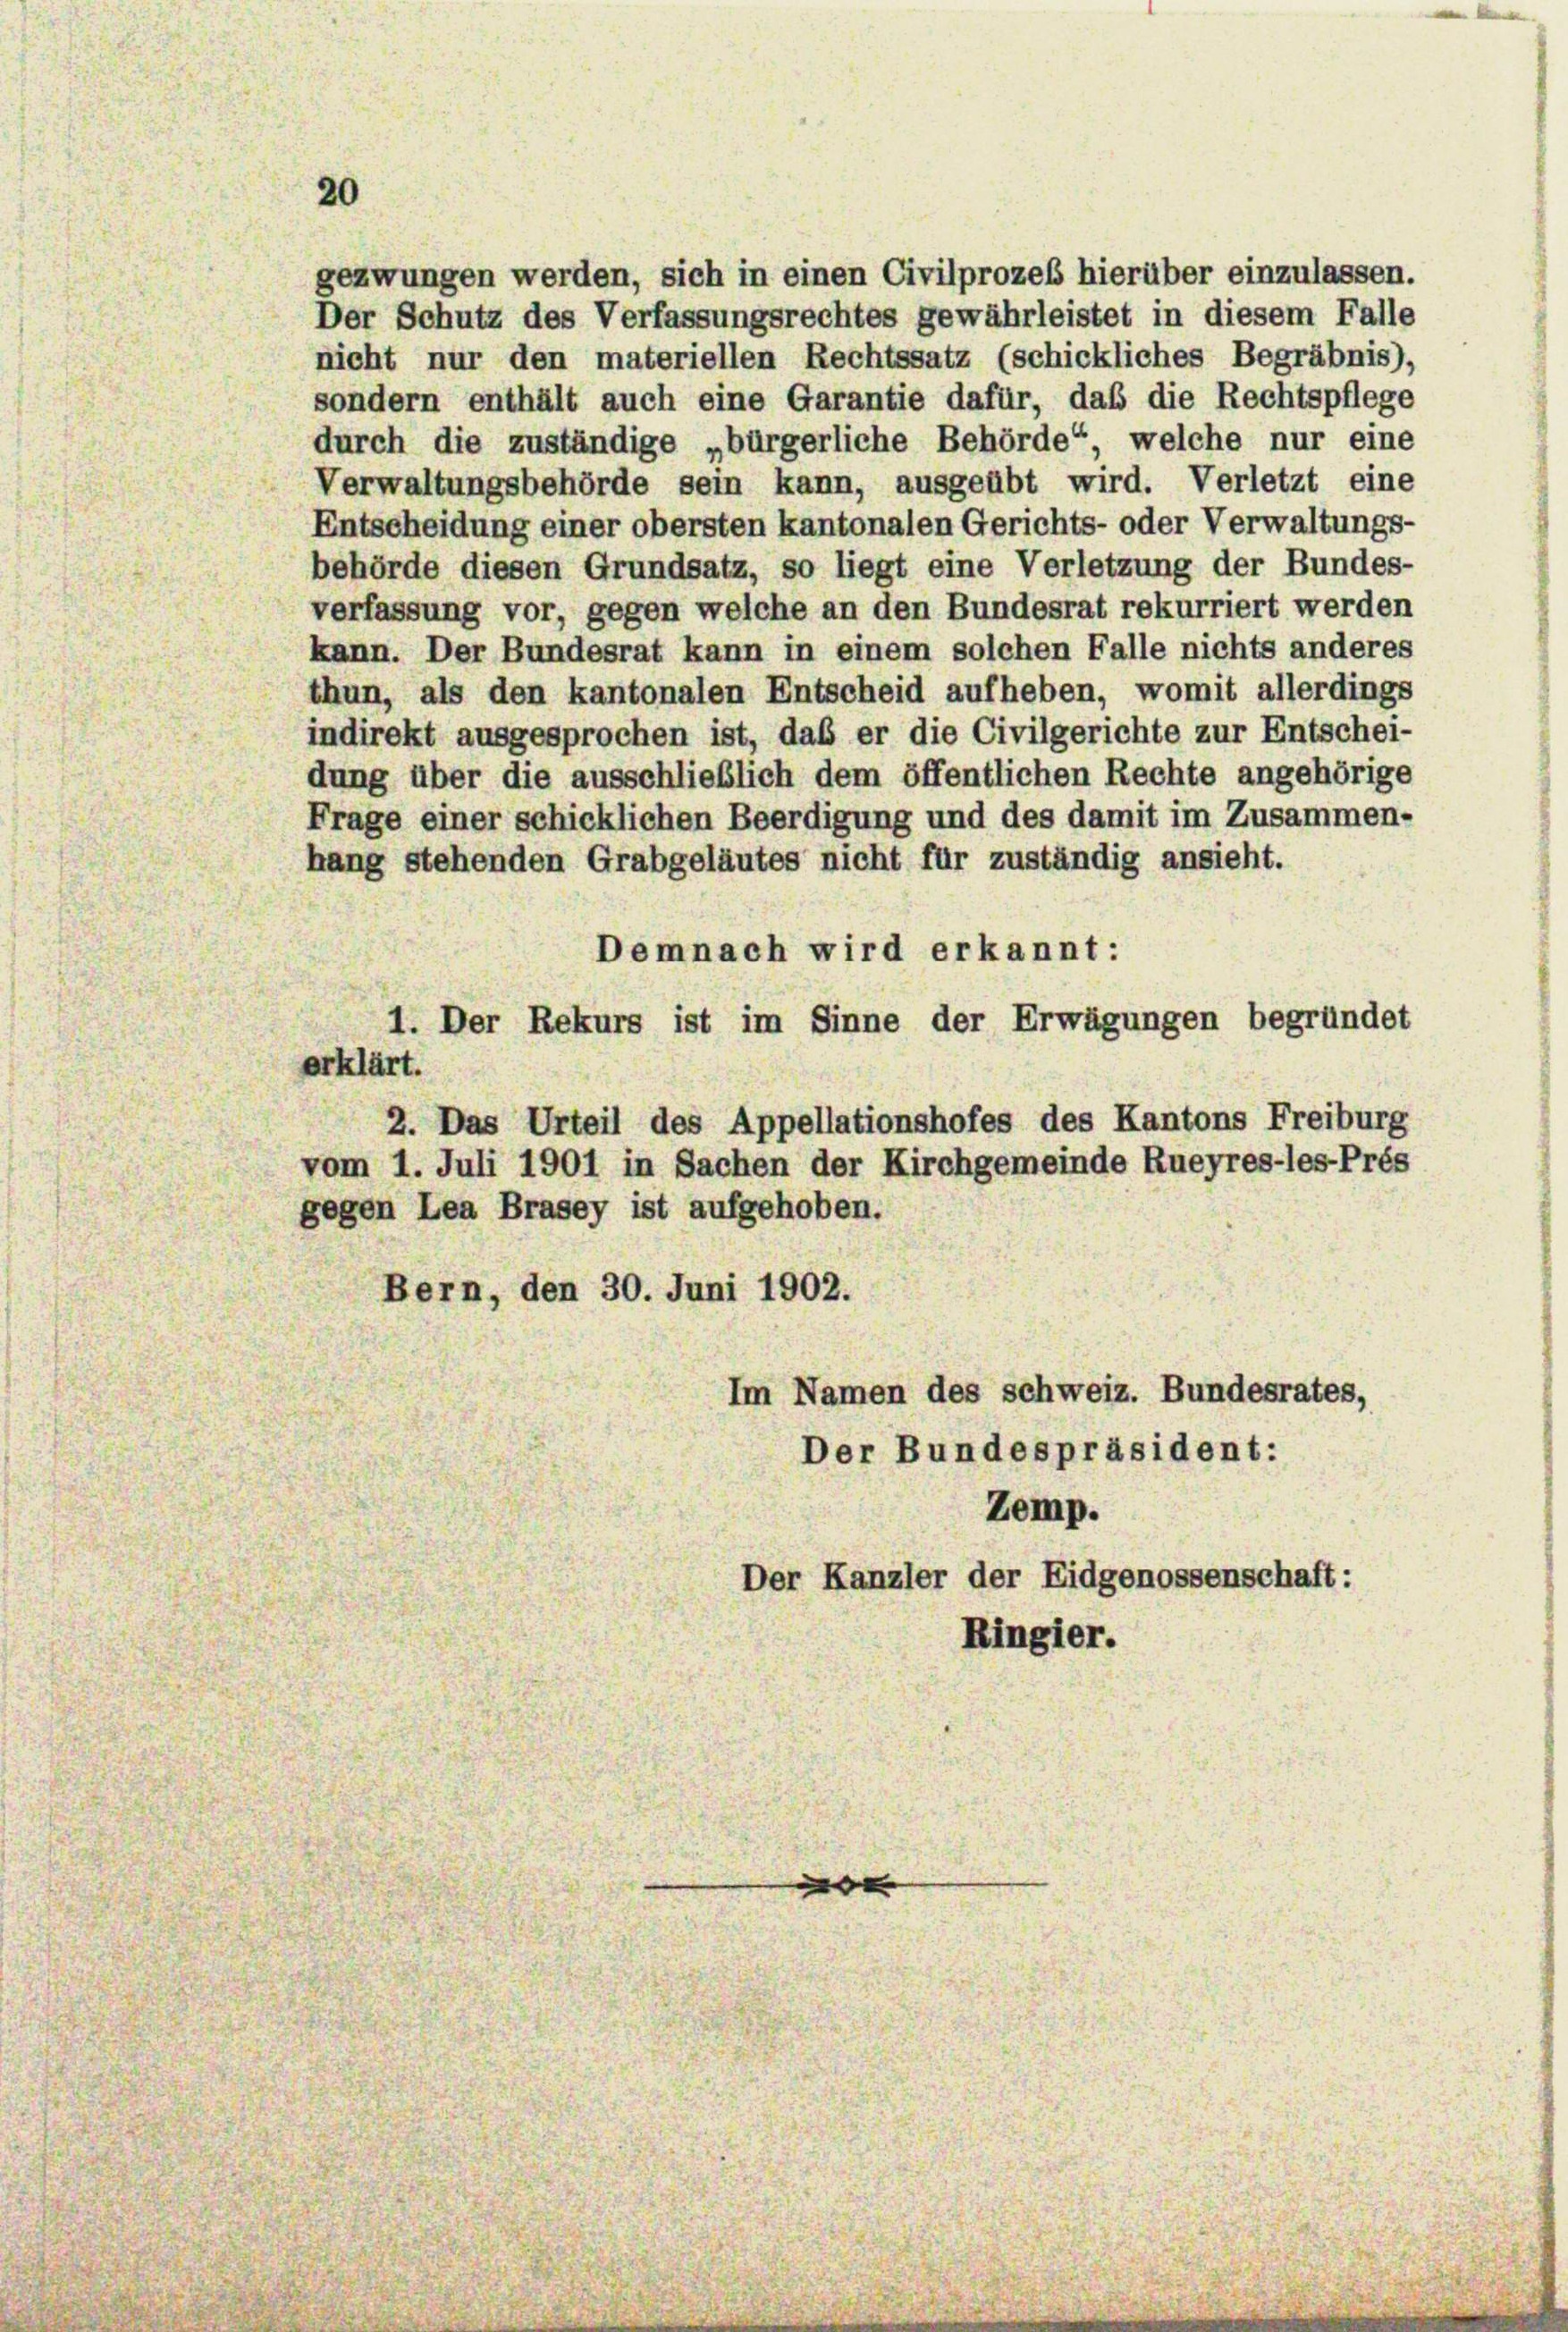
20

gezwungen werden, sich in einen Civilprozeß hierüber einzulassen.
Der Schutz des Verfassungsrechtes gewährleistet in diesem Falle
nicht nur den materiellen Rechtssatz (schickliches Begräbnis),
sondern enthält auch eine Garantie dafür, daß die Rechtspflege
durch die zuständige „bürgerliche Behörde“, welche nur eine
Verwaltungsbehörde sein kann, ausgeübt wird. Verletzt eine
Entscheidung einer obersten kantonalen Gerichts- oder Verwaltungs-
behörde diesen Grundsatz, so liegt eine Verletzung der Bundes-
verfassung vor, gegen welche an den Bundesrat rekurriert werden
kann. Der Bundesrat kann in einem solchen Falle nichts anderes
thun, als den kantonalen Entscheid aufheben, womit allerdings
indirekt ausgesprochen ist, daß er die Civilgerichte zur Entschei-
dung über die ausschließlich dem öffentlichen Rechte angehörige
Frage einer schicklichen Beerdigung und des damit im Zusammen-
hang stehenden Grabgeläutes nicht für zuständig ansieht.
Demnach wird erkannt:
1. Der Rekurs ist im Sinne der Erwägungen begründet
erklärt.
2. Das Urteil des Appellationshofes des Kantons Freiburg
vom 1. Juli 1901 in Sachen der Kirchgemeinde Rueyres-les-Prés
gegen Lea Brasey ist aufgehoben.
Bern, den 30. Juni 1902.
Im Namen des schweiz. Bundesrates,
Der Bundespräsident:
Zemp.
Der Kanzler der Eidgenossenschaft:
Ringier.